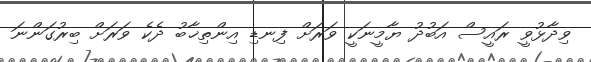
ވިދާޅުވީ ރައީސް އަބުދު ޔާމީނަކީ ވަރަށް ފިނޑި އިންތިޚާބު ދެކެ ވަރަށް ބިރުގަންނަ